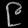
Digit: ၉